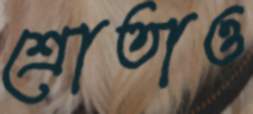
শ্রোতাও